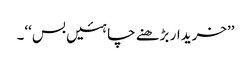
’’خریدار بڑھنے چاہئیں بس‘‘۔